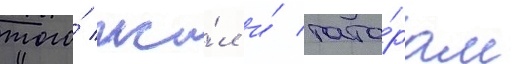
того́ жи́л и́ тата́рам